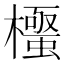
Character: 𭬛